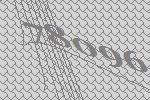
78096